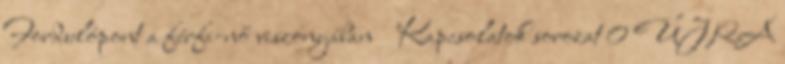
Fordulópont a férfi-nő viszonyában Kapcsolatok sorozat 0 ÚJRA